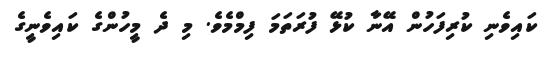
ކައިވެނި ކުރިފަހުން އޭނާ ކުޅޭ ފުރަތަމަ ފިމްމެވެ. މި ދެ މީހުންގެ ކައިވެނީގެ